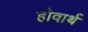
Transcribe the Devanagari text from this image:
होवार्थ